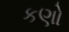
કણો